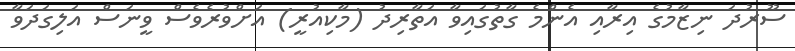
ސޫރުދަ ނިޒާމުގެ އިރާއި އެންމެ ގާތުގައިވާ އަތާރިދު (މާކިއުރީ) އަށްވުރެވެސް ވީނަސް އަލިގަދަވާ